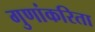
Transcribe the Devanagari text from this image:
गुणांकरिता